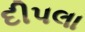
દીપલા